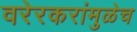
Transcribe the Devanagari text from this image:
वरेरकरांमुळेच